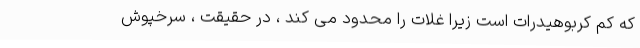
که کم کربوهیدرات است زیرا غلات را محدود می کند ، در حقیقت ، سرخپوش